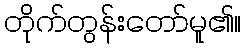
တိုက်တွန်းတော်မူ၏။